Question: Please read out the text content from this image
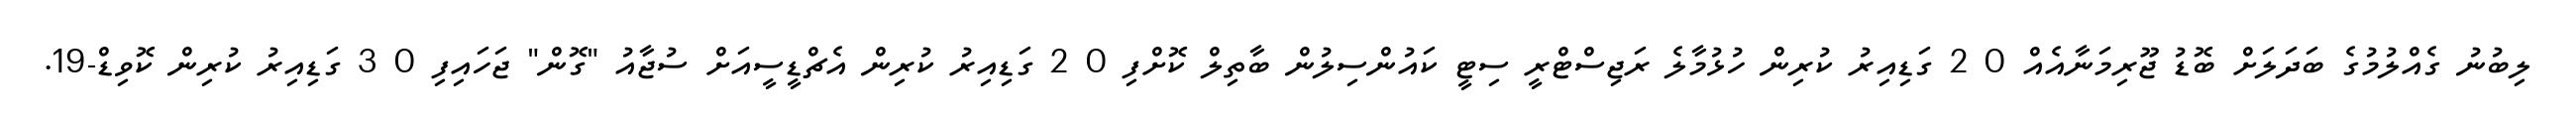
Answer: ލިބުނު ގެއްލުމުގެ ބަދަލަށް ބޮޑު ޖޫރިމަނާއެއް 0 2 ގަޑިއިރު ކުރިން ހުޅުމާލެ ރަޖިސްޓްރީ ސިޓީ ކައުންސިލުން ބާތިލް ކޮށްފި 0 2 ގަޑިއިރު ކުރިން އެޗްޑީސީއަށް ސުޖާއު "ގޮން" ޖަހައިފި 0 3 ގަޑިއިރު ކުރިން ކޮވިޑް-19.